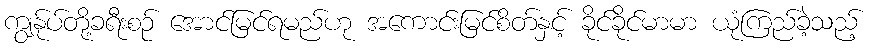
ကျွန်ုပ်တို့ခရီးစဉ် အောင်မြင်ရမည်ဟု အကောင်းမြင်စိတ်နှင့် ခိုင်ခိုင်မာမာ ယုံကြည်ခဲ့သည့်